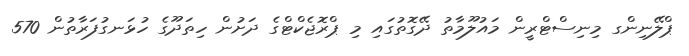
ޕްލޭނިންގ މިނިސްޓްރީން މައުލޫމާތު ދޭގޮތުގައި މި ޕްރޮޖެކްޓްގެ ދަށުން ހިތަދޫގެ ހުޅަނގުފަރާތުން 570